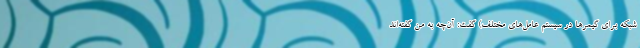
شبکه برای گیمرها در سیستم عامل‌های مختلف) گفت: آن‌چه به من گفته‌اند